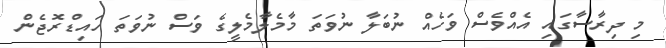
މި ދިރާސާގައި އެއްވެސް ވަހެއް ނުބަލާ ނުވަތަ މާމެލާމެލީގެ ވަސް ނުވަތަ ހައިޑްރޮޖެން